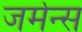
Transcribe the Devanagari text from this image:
जर्मन्स